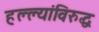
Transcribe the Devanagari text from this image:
हल्ल्यांविरुद्ध